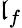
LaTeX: \mathfrak{l}_{f}